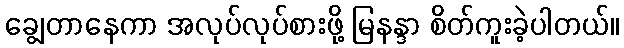
ချွေတာနေကာ အလုပ်လုပ်စားဖို့ မြနန္ဒာ စိတ်ကူးခဲ့ပါတယ်။